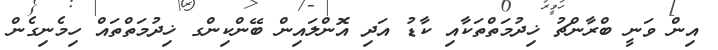
އިން ވަނީ ބްރާންޗު ޚިދުމަތްތަކާއި ކާޑު އަދި އޮންލައިން ބޭންކިންގ ޚިދުމަތްތައް ހިމެނިގެން